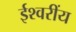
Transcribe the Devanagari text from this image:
ईश्वरींय